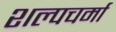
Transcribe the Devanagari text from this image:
शल्पचर्मा